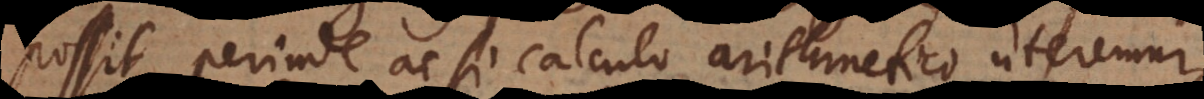
possit, perinde ac si calculo arithmetico uteremur,